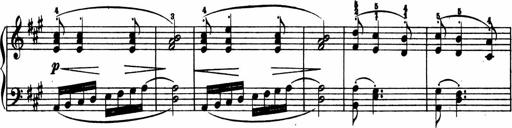
Title: 2 Sonatinen
Composer: Lambertus Adrianus van Tetterode